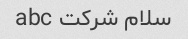
سلام شرکت abc